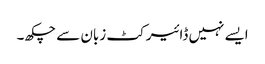
ایسے نہیں ڈائیرکٹ زبان سے چکھ۔